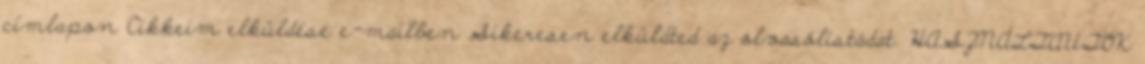
címlapon Cikkeim elküldése e-mailben Sikeresen elküldted az olvasólistádat. HASZNÁLTAUTÓK